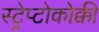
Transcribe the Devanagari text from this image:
स्ट्रेप्टोकोक्की